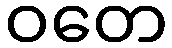
ဝတေ